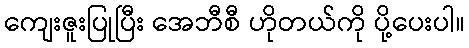
ကျေးဇူးပြုပြီး အေဘီစီ ဟိုတယ်ကို ပို့ပေးပါ။